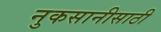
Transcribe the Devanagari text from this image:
नुकसानीसाठी